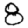
Digit: 8